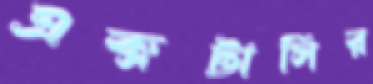
এক্সটাসির